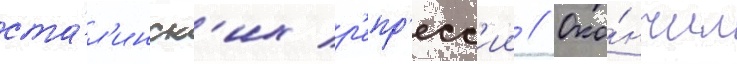
ста́л'инск'их р'епр'есс'ии // Око́нчил